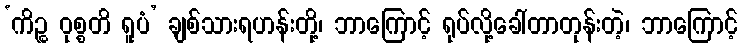
‘ကိဉ္စ ဝုစ္စတိ ရူပံ’ ချစ်သားရဟန်းတို့၊ ဘာကြောင့် ရုပ်လို့ခေါ်တာတုန်းတဲ့၊ ဘာကြောင့်